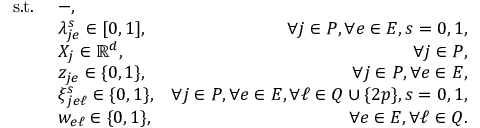
\begin{array} { r l r } { \mathrm { s . t . ~ } } & { - , } \\ & { \lambda _ { j e } ^ { s } \in [ 0 , 1 ] , } & { \forall j \in P , \forall e \in E , s = 0 , 1 , } \\ & { X _ { j } \in \mathbb { R } ^ { d } , } & { \forall j \in P , } \\ & { z _ { j e } \in \{ 0 , 1 \} , } & { \forall j \in P , \forall e \in E , } \\ & { \xi _ { j e \ell } ^ { s } \in \{ 0 , 1 \} , } & { \forall j \in P , \forall e \in E , \forall \ell \in Q \cup \{ 2 p \} , s = 0 , 1 , } \\ & { w _ { e \ell } \in \{ 0 , 1 \} , } & { \forall e \in E , \forall \ell \in Q . } \end{array}